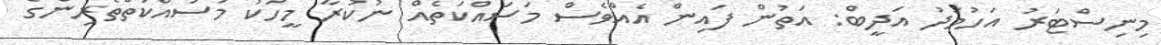
މިނިސްޓަރު އަހުމަދު އަދީބް: އަތުން ފައިން އެއްވެސް މަސައްކަތެއް ނުކުރާ މީހަކު މަސައްކަތްތެރިންގެ